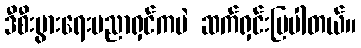
ဒီစီးပွားရေးပညာရှင်ကပဲ ဆက်ရှင်းပြပါတယ်။